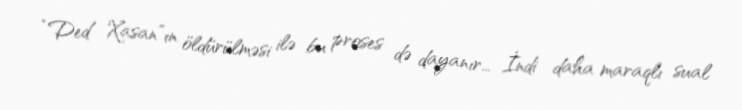
“Ded Xasan”ın öldürülməsi ilə bu proses də dayanır... İndi daha maraqlı sual